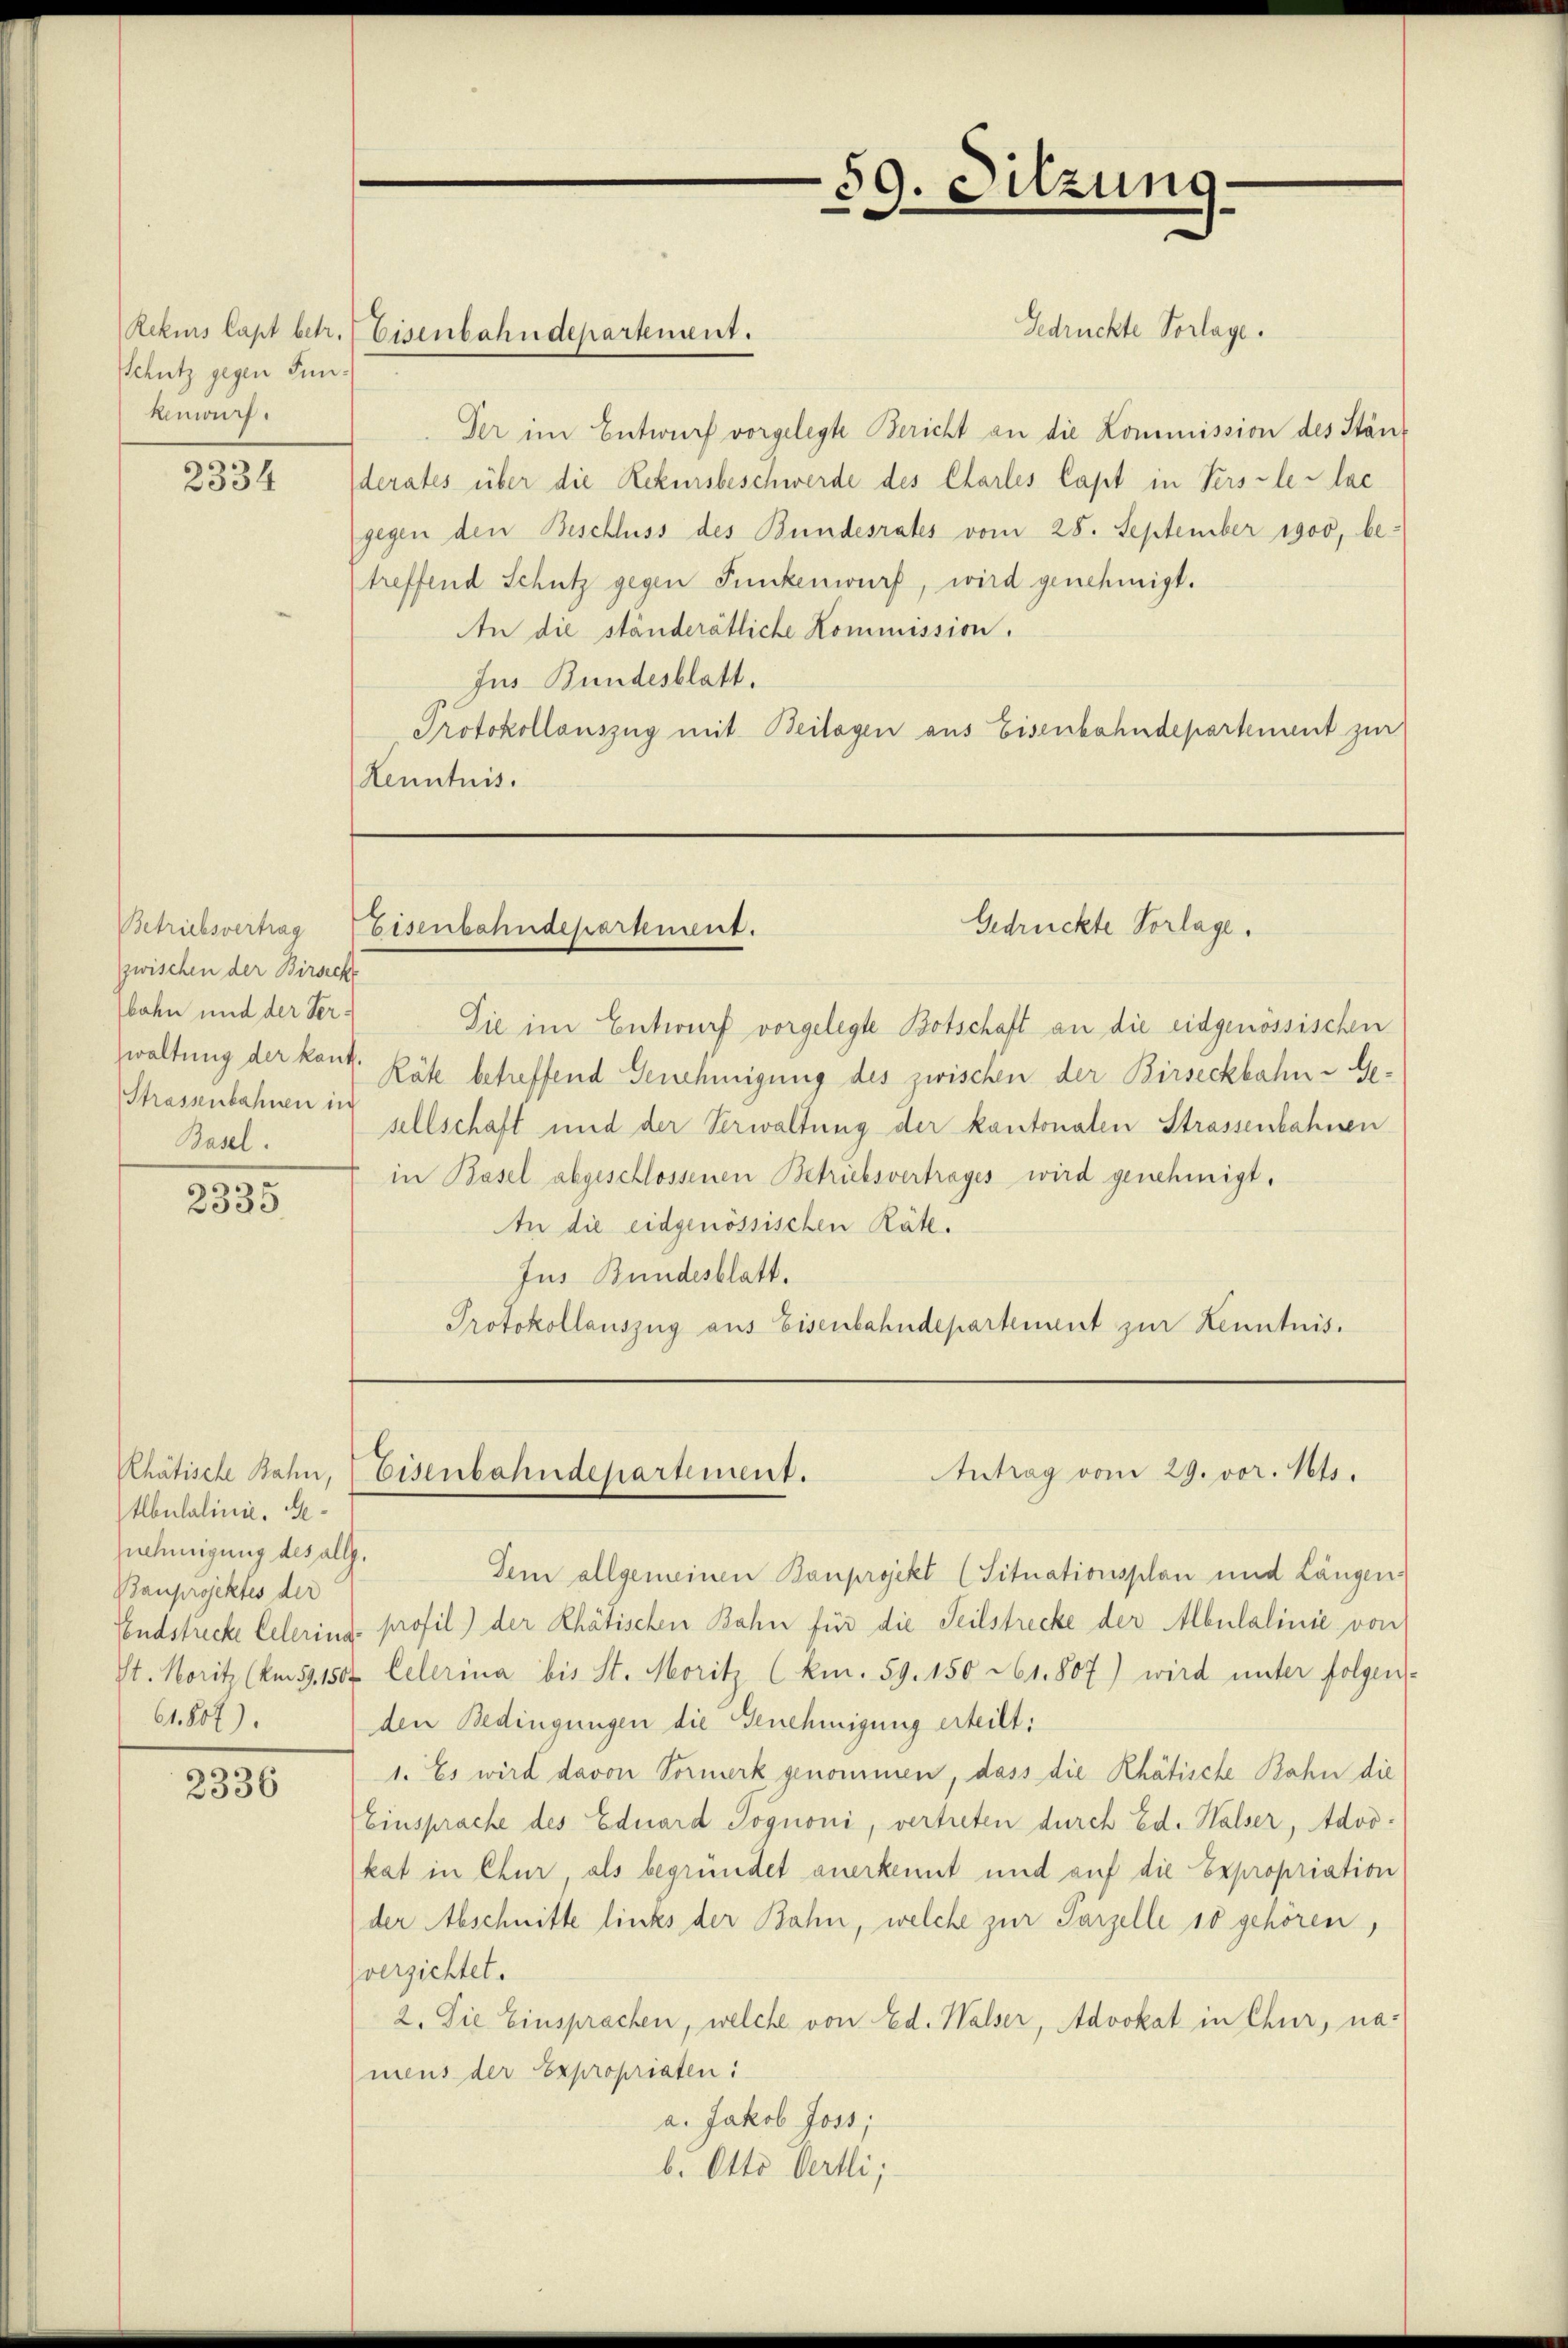
Schutz gegen Jun.
Remont.

2334

zwischen der Birseck
bahn und der Verwaltung der kant.
Strassenbahnen in
Basel.

2335

Abulalinie. Ge¬
Gnehmigung des alle.
Bauprojektes der
61. 804).

2336

Gedrückte Vorlage.
Rekis Capt betr. Eisenbahndepartement.
Der im Entwurf vorgelegte Bericht an die Kommission des Ständerates über die Rekursbeschwerde des Charles Capt in Versle-lac
gegen den Beschluss des Bundesrates vom 28. September 1900, betreffend Schutz gegen Funkenwurf, wird genehmigt.
An die ständerätliche Kommission.
Jus Bundesblatt.
Protokollauszug mit Beilagen aus Eisenbahndepartement zur
Kenntnis.

e
59. Sitzung.

Gedrückte Vorlage.
Betriebsvertrag Eisenbahndepartement.

Die im Entwurf vorgelegte Botschaft an die eidgenössischen
Räte betreffend Genehmigung des zwischen der Birseckbahn- Gesellschaft und der Verwaltung der kantonalen Strassenbahnen
in Basel abgeschlossenen Betriebsvertrages wird genehmigt.
An die eidgenössischen Räte.
Jus Bundesblatt.
Protokollauszug aus Eisenbahndepartement zur Kenntnis.

Rhätische Rahn, Eisenbahndepartement.
Antrag vom 29. vor. Mts.

dem allgemeinen Bauprojekt (Situationsplan und Längen
Endstrecke Celering profil) der Rhätischen Bahn für die Teilstrecke der Albulalinie von
St. Moritz (Am59.150. Celerina bis St. Moritz (km. 59. 150 161. 807) wird unter folgen-
den Bedingungen die Genehmigung erteilt:
1. Es wird davon Vormerk genommen, dass die Rhätische Bahn die
Einsprache des Eduard Jognoni, vertreten durch Ed. Halser, Advokat in Chur, als begründet anerkennt und auf die Expropriation
der Abschnitte links der Bahn, welche zur Parzelle 10 gehören,
verzichtet.
2. Die Einsprachen, welche von Ed. Walser, Advokat in Chur, na-
mens der Expropriaten:
a. Jakob Joss;
b. Otto Oertli;